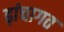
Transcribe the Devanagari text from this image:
ढ़ांचागत